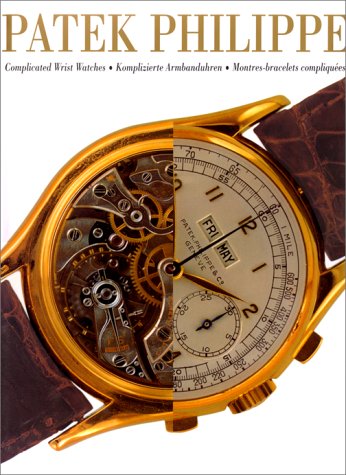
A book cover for Patek Philippe; Philippe Patek; Crafts, Hobbies & Home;